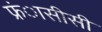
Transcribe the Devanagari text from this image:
फ्रंासीसी